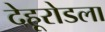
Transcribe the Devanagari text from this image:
देहूरोडला